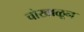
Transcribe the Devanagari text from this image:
चोखाळून